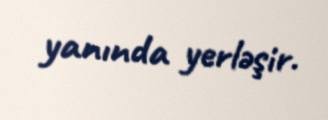
yanında yerləşir.